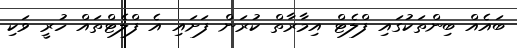
ބައެއް ބިންތަކުގައި ފްލެޓް އިމާރާތް ކުރަން ފަށައި އެ ފްލެޓްތައް ހުރީ ވަކި